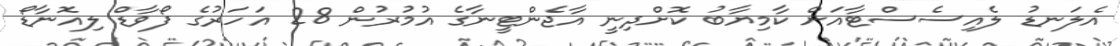
އެލަނޑު ލެއިސެސްޓާއަށް ކާމިޔާބު ކޮށްދިނީ އާޖެންޓީނާގެ އުމުރުން 28 އަހަރުގެ ފޯވާޑް ލިއޮނާޑޯ